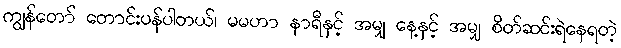
ကျွန်တော် တောင်းပန်ပါတယ်၊ မမဟာ နာရီနှင့် အမျှ နေ့နှင့် အမျှ စိတ်ဆင်းရဲနေရတဲ့